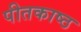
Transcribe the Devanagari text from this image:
पीतकाष्ठ